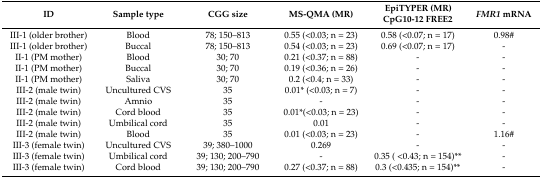
<table><thead><tr><td><b>ID</b></td><td><b>Sample type</b></td><td><b>CGG size</b></td><td><b>MS-QMA (MR)</b></td><td><b>EpiTYPER (MR) CpG10-12 FREE2</b></td><td><b><i>FMR1</i> mRNA</b></td></tr></thead><tbody><tr><td>III-1 (older brother)</td><td>Blood</td><td>78; 150–813</td><td>0.55 (&lt;0.03; n = 23)</td><td>0.58 (&lt;0.07; n = 17)</td><td>0.98#</td></tr><tr><td>III-1 (older brother)</td><td>Buccal</td><td>78; 150–813</td><td>0.54 (&lt;0.03; n = 23)</td><td>0.69 (&lt;0.07; n = 17)</td><td>-</td></tr><tr><td>II-1 (PM mother)</td><td>Blood</td><td>30; 70</td><td>0.21 (&lt;0.37; n = 88)</td><td>-</td><td>-</td></tr><tr><td>II-1 (PM mother)</td><td>Buccal</td><td>30; 70</td><td>0.19 (&lt;0.36; n = 26)</td><td>-</td><td>-</td></tr><tr><td>II-1 (PM mother)</td><td>Saliva</td><td>30; 70</td><td>0.2 (&lt;0.4; n = 33)</td><td>-</td><td>-</td></tr><tr><td>III-2 (male twin)</td><td>Uncultured CVS</td><td>35</td><td>0.01* (&lt;0.03; n = 7)</td><td>-</td><td>-</td></tr><tr><td>III-2 (male twin)</td><td>Amnio</td><td>35</td><td>-</td><td>-</td><td>-</td></tr><tr><td>III-2 (male twin)</td><td>Cord blood</td><td>35</td><td>0.01*(&lt;0.03; n = 23)</td><td>-</td><td>-</td></tr><tr><td>III-2 (male twin)</td><td>Umbilical cord</td><td>35</td><td>0.01 </td><td>-</td><td>-</td></tr><tr><td>III-2 (male twin)</td><td>Blood</td><td>35</td><td>0.01 (&lt;0.03; n = 23)</td><td>-</td><td>1.16#</td></tr><tr><td>III-3 (female twin)</td><td>Uncultured CVS</td><td>39; 380–1000</td><td>0.269 </td><td>-</td><td>-</td></tr><tr><td>III-3 (female twin)</td><td>Umbilical cord</td><td>39; 130; 200–790</td><td>-</td><td>0.35 ( &lt;0.43; n = 154)**</td><td>-</td></tr><tr><td>III-3 (female twin)</td><td>Cord blood</td><td>39; 130; 200–790</td><td>0.27 (&lt;0.37; n = 88)</td><td>0.3 (&lt;0.435; n = 154)**</td><td>-</td></tr></tbody></table>